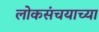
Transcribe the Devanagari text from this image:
लोकसंचयाच्या